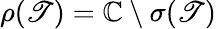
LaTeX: \rho(\mathscr{T})=\mathbb{{C}}\setminus\sigma(\mathscr{T})